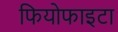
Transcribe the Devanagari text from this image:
फियोफाइटा